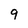
Character: 9